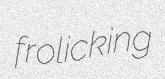
frolicking